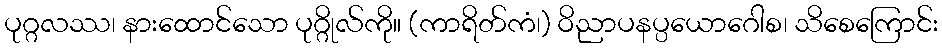
ပုဂ္ဂလဿ၊ နားထောင်သော ပုဂ္ဂိုလ်ကို။ (ကာရိတ်ကံ၊) ဝိညာပနပ္ပယောဂေါစ၊ သိစေကြောင်း